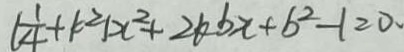
\vert \frac { 1 } { 4 } + k ^ { 2 } \vert x ^ { 2 } + 2 k b x + b ^ { 2 } - 1 = 0 .